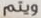
ويتم